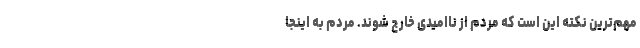
مهم‌ترین نکته این است که مردم از ناامیدی خارج شوند. مردم به اینجا